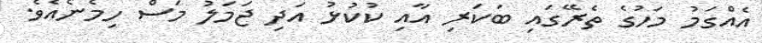
އެއްގަމު މަހުގެ ތެރޭގައި ބަކަރި އާއި ކުކުޅު އަދި ޖަމަލު މަސް ހިމެނެއެވެ.